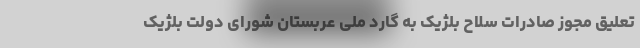
تعلیق مجوز صادرات سلاح بلژیک به گارد ملی عربستان شورای دولت بلژیک